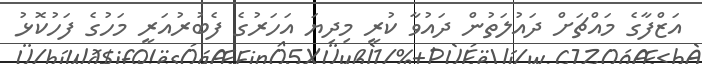
އަޒްފާގެ މައްޗަށް ދައުލަތުން ދައުވާ ކުރީ މިދިޔަ އަހަރުގެ ފެބުރުއަރީ މަހުގެ ފަހުކޮޅު